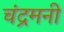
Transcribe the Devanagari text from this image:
चंद्रमनी